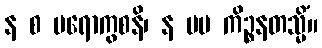
န စ ပရောကွစနိ၊ န မမ ကိဉ္စနတသ္မိံ။